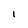
Character: 1